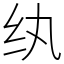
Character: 纨